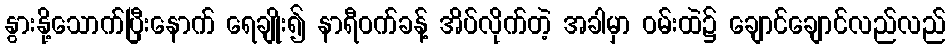
နွားနို့သောက်ပြီးနောက် ရေချိုး၍ နာရီဝက်ခန့် အိပ်လိုက်တဲ့ အခါမှာ ဝမ်းထဲ၌ ချောင်ချောင်လည်လည်